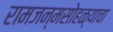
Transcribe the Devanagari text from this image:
रामजन्मसोहळ्याचा